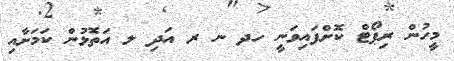
މީހުން ރިޕޯޓް ކޮށްފައިވަނީ ހދ ނ ރ އަދި ލ އަތޮޅުން ކަމަށާއި